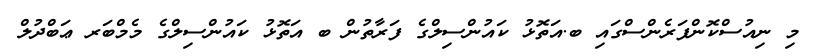
މި ނިއުސްކޮންފަރެންސްގައި ބ.އަތޮޅު ކައުންސިލްގެ ފަރާތުން ބ އަތޮޅު ކައުންސިލްގެ މެމްބަރ ޢަބްދުލް